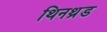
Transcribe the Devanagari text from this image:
थिनथ्रेड